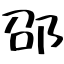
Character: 邵